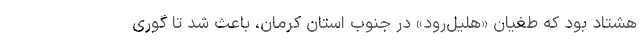
هشتاد بود که طغیان «هلیل‌رود» در جنوب استان کرمان، باعث شد تا گوری